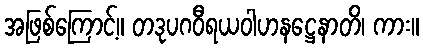
အဖြစ်ကြောင့်။ တဒုပဂဝီရယဝါဟနဋ္ဌေနာတိ၊ ကား။